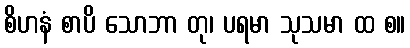
စိဟနံ စာပိ သောဘာ တု၊ ပရမာ သုသမာ ထ စ။